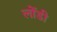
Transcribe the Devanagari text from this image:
लोंडी